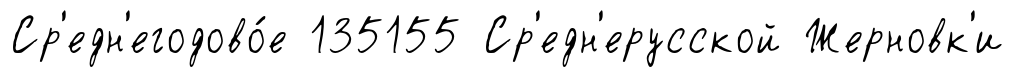
Ср'едн'егодово́е 135155 Ср'едн'ерусской Жерновк'и